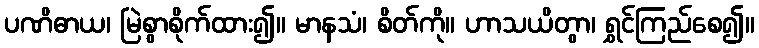
ပဏိဓာယ၊ မြဲစွာစိုက်ထား၍။ မာနသံ၊ စိတ်ကို။ ဟာသယိတွာ၊ ရွှင်ကြည်စေ၍။